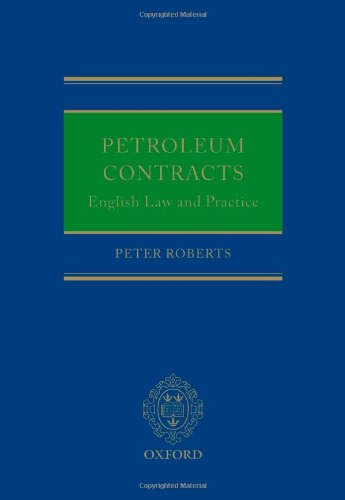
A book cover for Petroleum Contracts: English Law and Practice; Peter Roberts; Law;